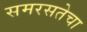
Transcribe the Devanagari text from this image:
समरसतेचा